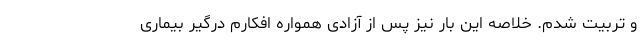
و تربیت شدم. خلاصه این بار نیز پس از آزادی همواره افکارم درگیر بیماری